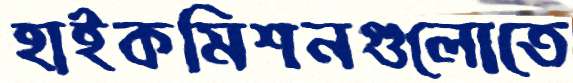
হাইকমিশনগুলোতে